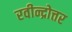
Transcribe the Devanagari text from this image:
रवीन्द्रोत्तर